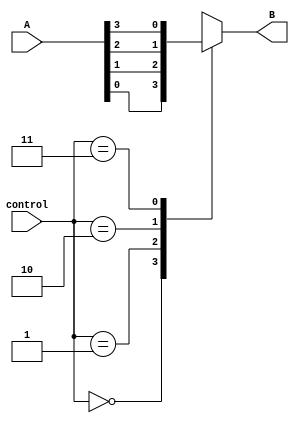
`timescale 1ns / 1ps
//////////////////////////////////////////////////////////////////////////////////
// Company: 
// Engineer: 
// 
// Design Name: 
// Module Name:    Mux_4_to_1 
// Project Name: 
// Target Devices: 
// Tool versions: 
// Description: 
//
// Dependencies: 
//
// Revision: 
// Revision 0.01 - File Created
// Additional Comments: 
//
//////////////////////////////////////////////////////////////////////////////////
module Mux_4_to_1(
    input [3:0] A,
    output B,
    input [1:0] control
    );

//this is an example of a 4:1 mux
reg reg_B;
assign B=reg_B;

always @(*)
begin
   //use case statement to implement the multiplexer
   case(control)
	   2'b00: begin
		         reg_B=A[0];
		       end //select the first input 
      2'b01: begin
		         reg_B=A[1];
		       end  //select the second input
	   2'b10: begin
		         reg_B=A[2];
		       end //select the third input
	   2'b11: begin
		         reg_B=A[3];
		        end //select the fourth input
    endcase
end

endmodule